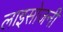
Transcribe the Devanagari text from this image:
लाइसोजनी